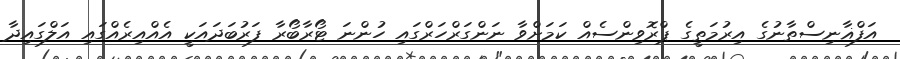
އަފްޣާނިސްތާނުގެ އިރުމަތީގެ ޕްރޮވިންސެއް ކަމަށްވާ ނަންގަރްހަރްގައި ހުންނަ ޓޯރާބޯރާ ފަރުބަދައަކީ އެއްއިރެއްގައި އަލްގައިދާ